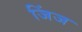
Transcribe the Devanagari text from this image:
जिंज